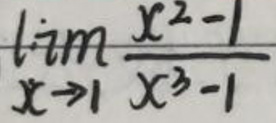
$\lim_{x \to 1} \frac{x^2 - 1}{x^3 - 1}$